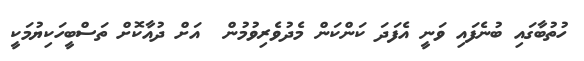
ހުތުބާގައި ބުނެފައި ވަނީ އެފަދަ ކަންކަން މެދުވެރިވުމުން  އަށް ދުއާކޮށް ތަސްބީހަކިޔުމަކީ